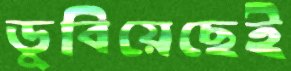
ডুবিয়েছেই